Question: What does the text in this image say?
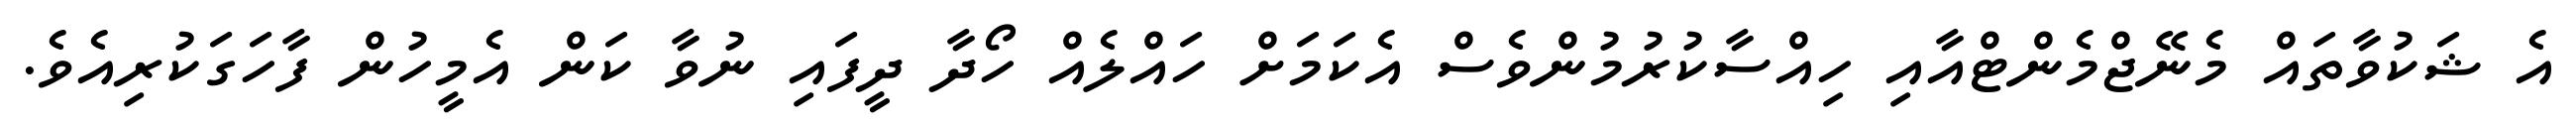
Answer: އެ ޝަކުވާތައް މެނޭޖްމެންޓްއާއި ހިއްސާކުރުމުންވެސް އެކަމަށް ހައްލެއް ހޯދާ ދީފައި ނުވާ ކަން އެމީހުން ފާހަގަކުރިއެވެ.